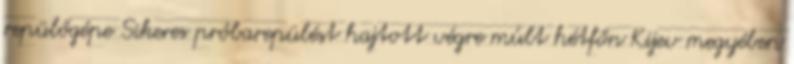
repülőgépe Sikeres próbarepülést hajtott végre múlt hétfőn Kijev megyében